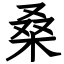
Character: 桑